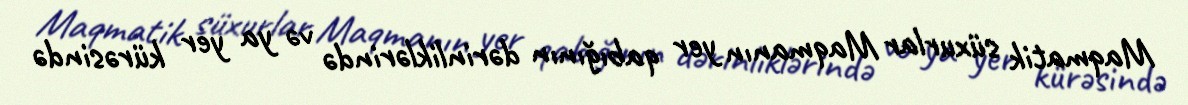
Maqmatik süxurlar Maqmanın yer qabığının dərinliklərində və ya yer kürəsində